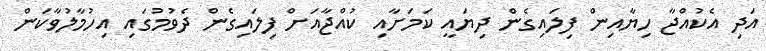
އަދި އެކުއްޖާ ހިޔާއިން ފިލައިގެން ދިޔައީ ކަމަށާއި ކުއްޖާއަށް ފިލައިގެން ދެވުމުގައި އިހުމާލުވާކަން